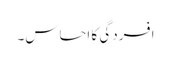
افسردگی کا احساس۔